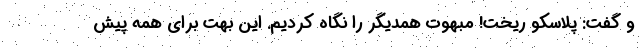
و گفت: پلاسکو ریخت! مبهوت همدیگر را نگاه کردیم. این بهت برای همه پیش